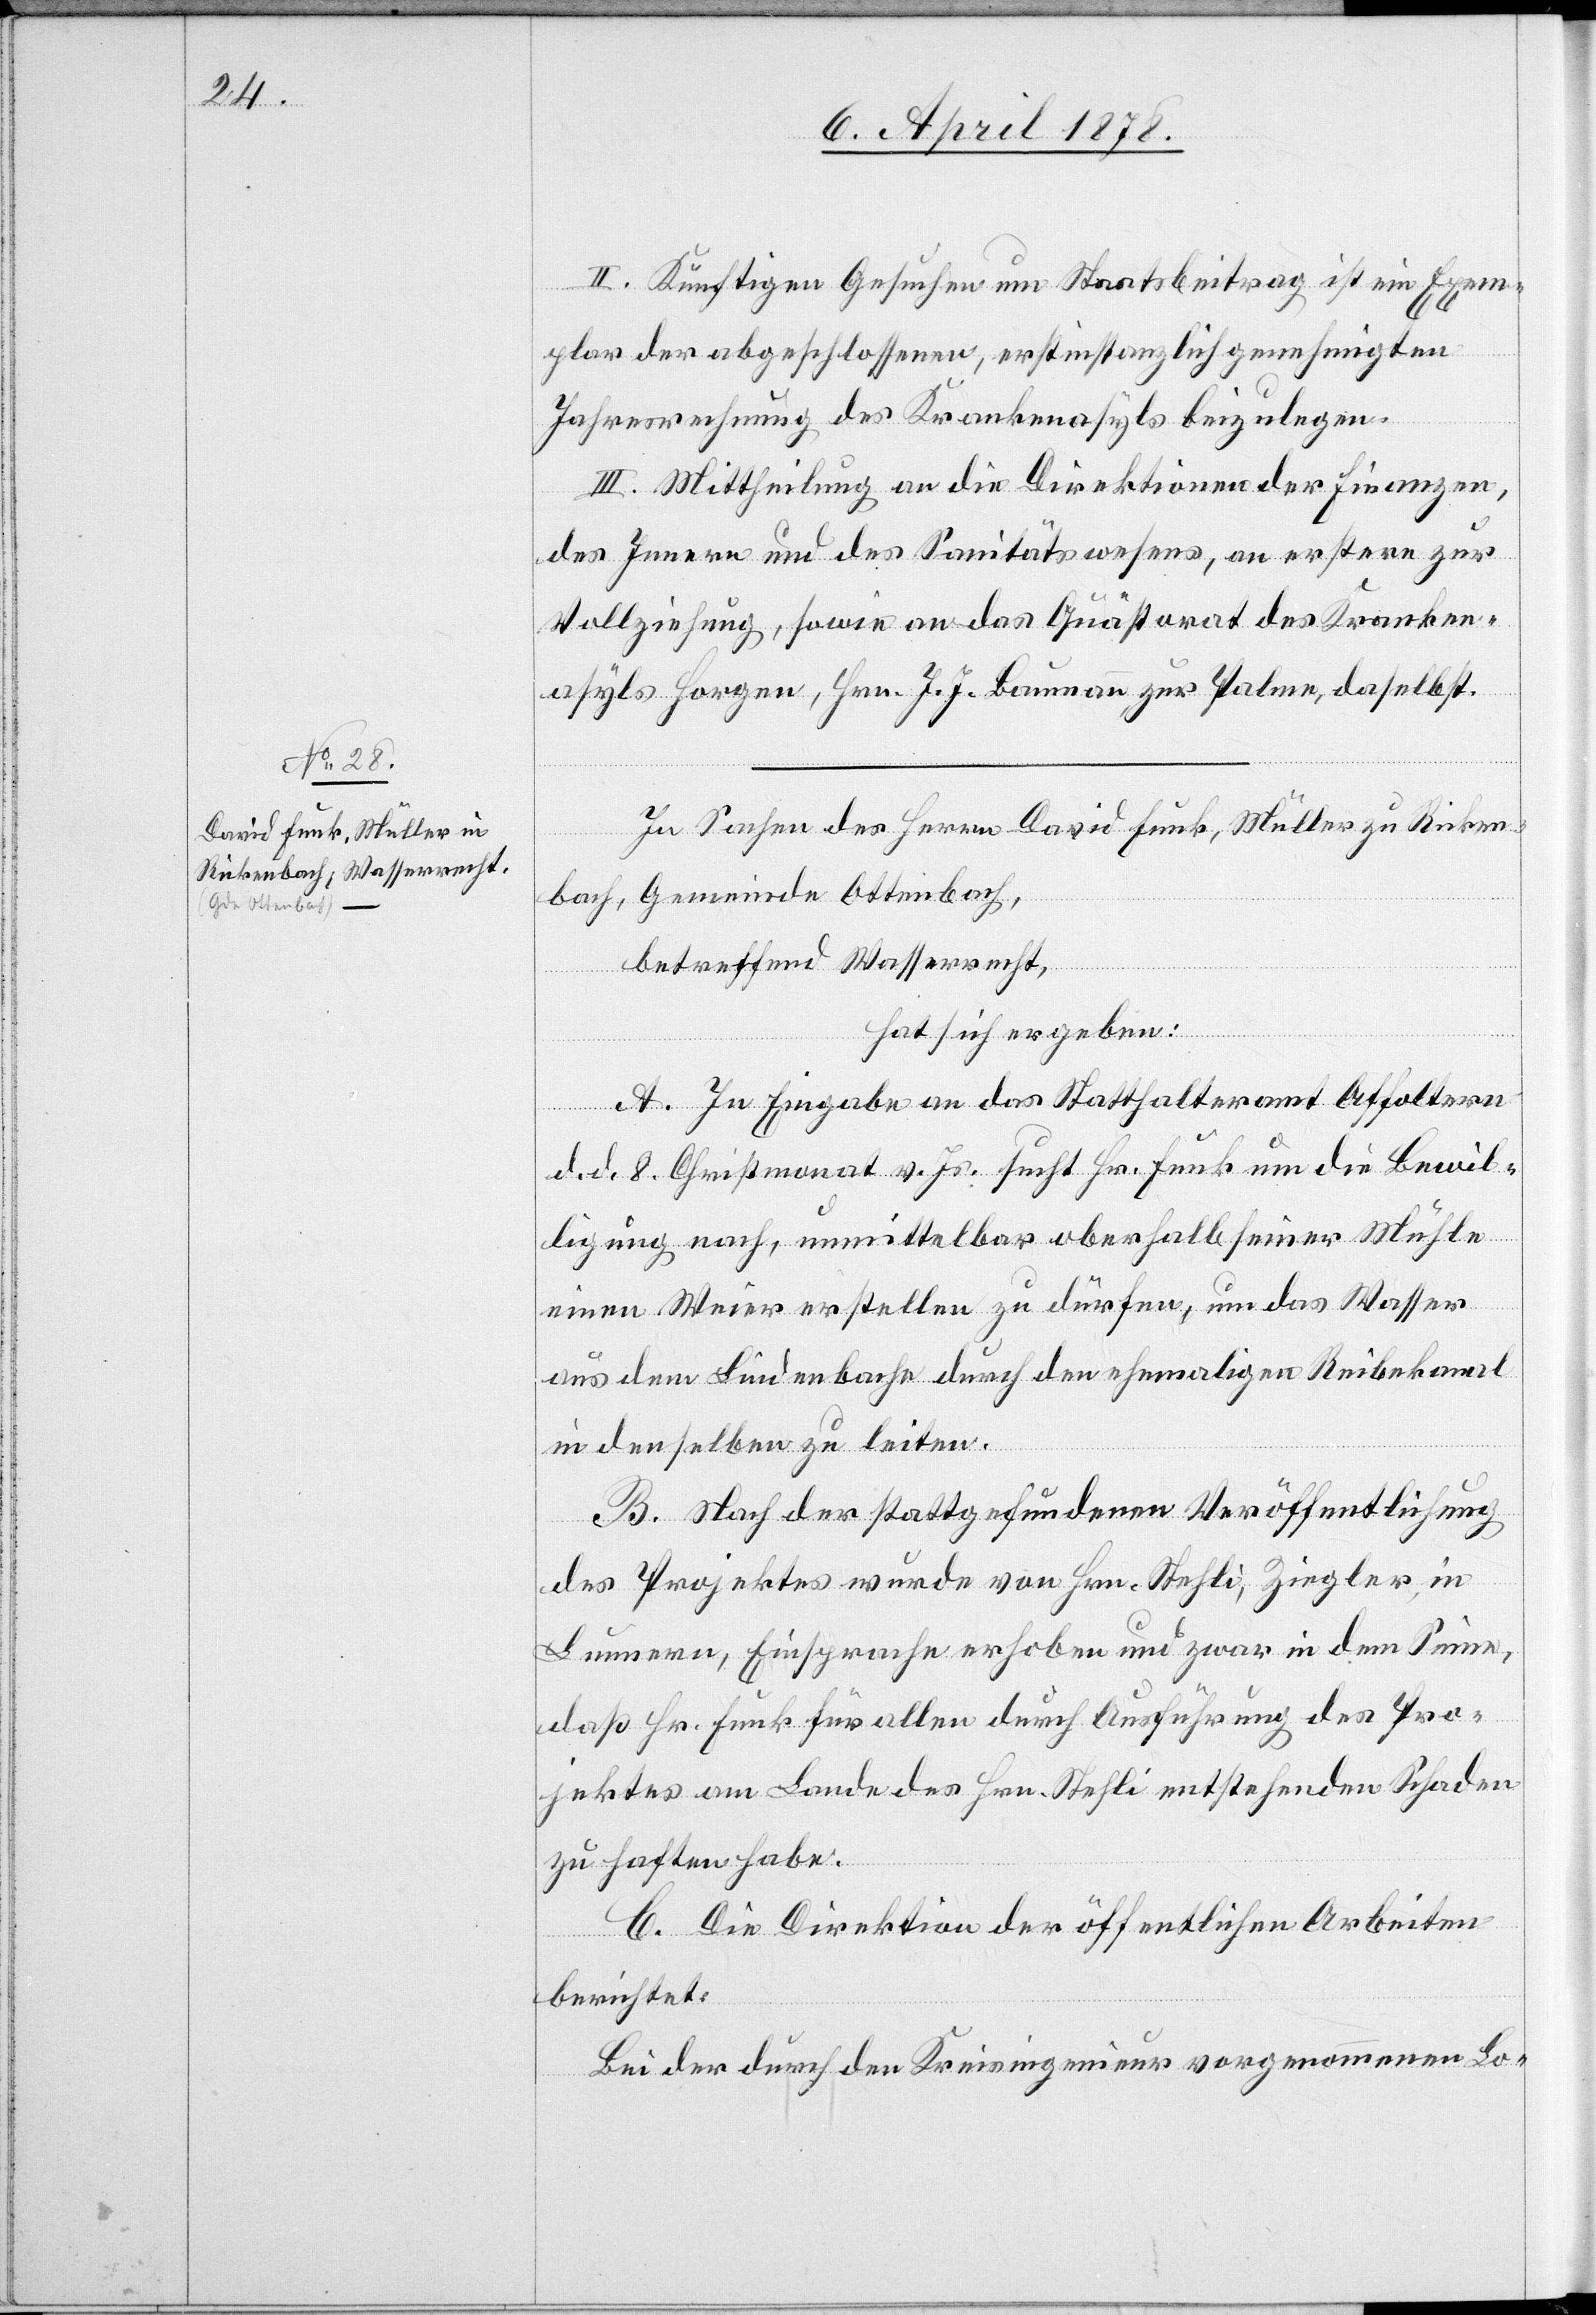
In Sachen des Herrn David Funk, Müller zu Ricken¬
bach, Gemeinde Ottenbach,
betreffend Wasserrecht,
hat sich ergeben:
A. In Eingabe an das Statthalteramt Affoltern
d. d. 8. Christmonat v. Js. sucht Hr. Funk um die Bewil¬
ligung nach, unmittelbar oberhalb seiner Mühle
einen Weier erstellen zu dürfen, um das Wasser
aus dem Lindenbache durch den ehemaligen Reibekanal
in denselben zu leiten.
B. Nach der stattgefundenen Veröffentlichung
des Projektes wurde von Hrn. Stehli, Ziegler in
Lungern, Einsprache erhoben und zwar in dem Sinne,
daß Hr. Funk für allen durch Ausführung des Pro¬
jektes am Lande des Hrn. Stehli entstehenden Schaden
zu haften habe.
C. Die Direktion der öffentlichen Arbeiten
berichtet.
Bei der durch den Kreisingenieur vorgenommenen Lo-